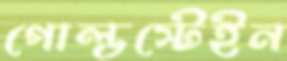
গোল্ডস্টেইন